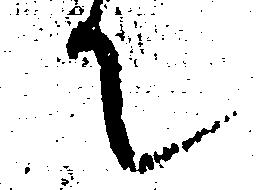
て